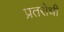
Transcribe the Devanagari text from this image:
प्रतरोधी